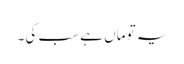
یہ تو ماں ہے سب کی۔